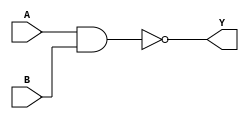
//2022-1-12
//
module nand_gate_4bits (A,
                        B,
                        Y);
    input[3:0]  A;
    input[3:0]  B;
    output[3:0] Y;
    
    assign Y = ~(A&B);
    
endmodule